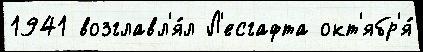
1941 возглавл'я́л Л'есгафта окт'ябр'я́